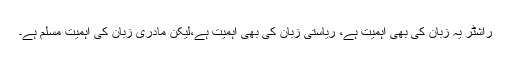
راشٹر یہ زبان کی بھی اہمیت ہے، ریاستی زبان کی بھی اہمیت ہے،لیکن مادری زبان کی اہمیت مسلم ہے۔